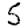
Digit: 5